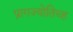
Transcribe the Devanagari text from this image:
प्रागज्योतिच्ह